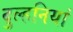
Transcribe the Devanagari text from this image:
दुल्हनियां